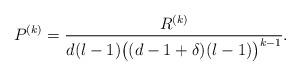
LaTeX: \begin{align*}P^{(k)}=\frac{R^{(k)}}{d(l-1)\big((d-1+\delta)(l-1)\big)^{k-1}}.\end{align*}